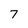
Character: 7